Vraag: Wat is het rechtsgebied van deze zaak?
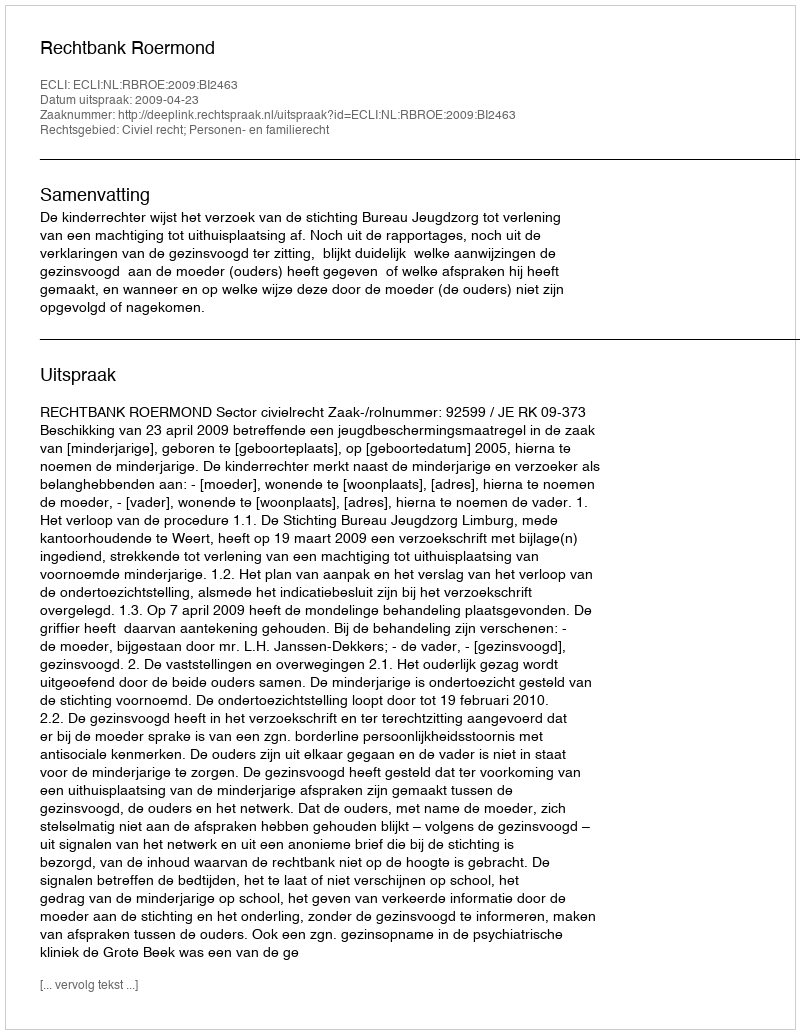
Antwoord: Civiel recht; Personen- en familierecht